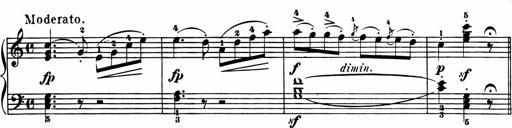
Title: 11 Sonatinas for Piano Solo
Composer: Anton Diabelli